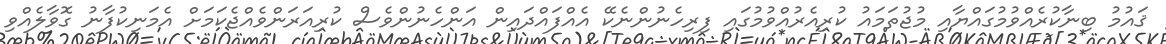
ޤައުމު ބިނާކުރެއްވުމުގައްޔާއި މުޖުތަމައު ކުރިއެރުއްވުމުގައި ފިރިހެނުންނެކޭ އެއްފައްދައިން އަންހެނުންވެސް ކުރިއަރަންވެއްޖެކަމަށް އެމަނިކުފާނު ގޮވާލެއްވި